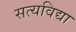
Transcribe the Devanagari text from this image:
सत्यविद्या